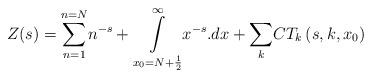
LaTeX: \begin{align*}Z(s)=\underset{n=1}{\overset{n=N}{\sum }}n^{-s}+\underset{x_0=N+\frac{1}{2}}{\overset{\infty }{\int }}x^{-s}.dx+\underset{k}{\sum }CT_k\left(s,k,x_0\right) \end{align*}